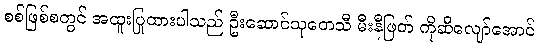
စစ်ဖြစ်စတွင် အထူးပြုထားပါသည် ဦးဆောင်သုတေသီ မီးနီဖြတ် ကိုဆီလျော်အောင်